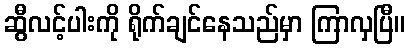
ဆွီလင့်ပါးကို ရိုက်ချင်နေသည်မှာ ကြာလှပြီ။